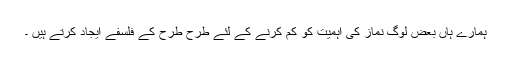
ہمارے ہاں بعض لوگ نماز کی اہمیت کو کم کرنے کے لئے طرح طرح کے فلسفے ایجاد کرتے ہیں ۔